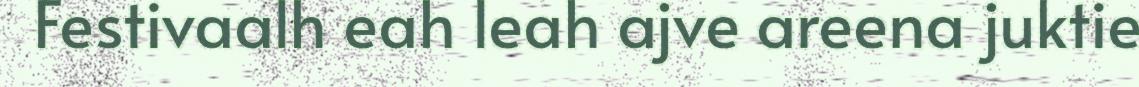
Festivaalh eah leah ajve areena juktie